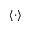
\langle \cdot \rangle